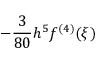
- { \frac { 3 } { 8 0 } } h ^ { 5 } f ^ { ( 4 ) } ( \xi )